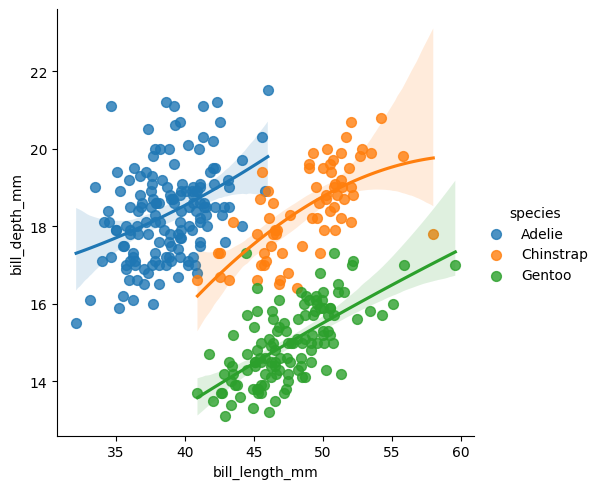
python, seaborn, lmplot, aspect=1.0, order=2, markers='o'